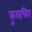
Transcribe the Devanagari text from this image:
कुलच्चिर